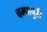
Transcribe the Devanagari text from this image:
चम्‍पापुरी